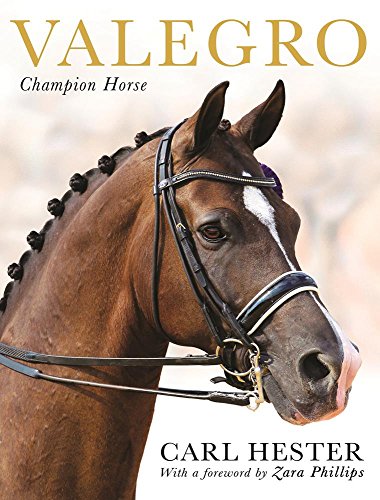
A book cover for Valegro: Champion Horse; Carl Hester; Crafts, Hobbies & Home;